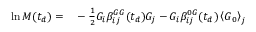
\begin{array} { r l } { \ln M ( t _ { d } ) = } & { { } - \frac { 1 } { 2 } G _ { i } \beta _ { i j } ^ { G G } ( t _ { d } ) G _ { j } - G _ { i } \beta _ { i j } ^ { 0 G } ( t _ { d } ) \left\langle \boldsymbol { G } _ { 0 } \right\rangle _ { j } } \end{array}